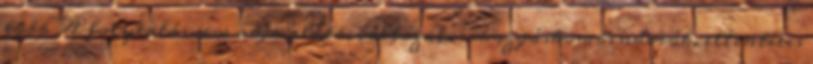
több A folytatás sem adja alább, változatos mozgáskombinációk, ellentétes